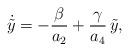
LaTeX: \begin{align*}\dot{\tilde{y}} = -\frac{\beta}{a_2} + \frac{\gamma}{a_4} \,\tilde{y},\end{align*}